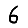
Digit: 6